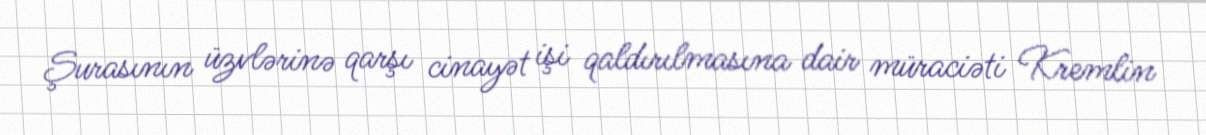
Şurasının üzvlərinə qarşı cinayət işi qaldırılmasına dair müraciəti Kremlin